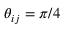
\theta _ { i j } = \pi / 4